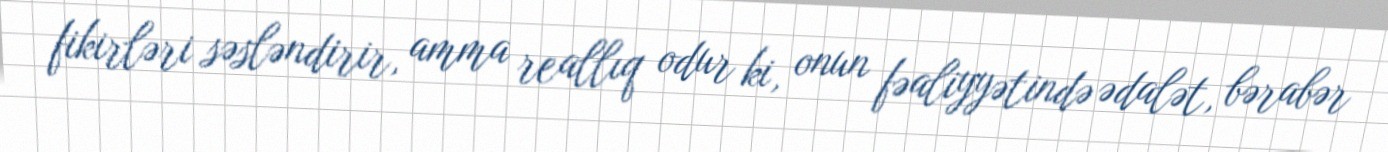
fikirləri səsləndirir, amma reallıq odur ki, onun fəaliyyətində ədalət, bərabər